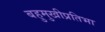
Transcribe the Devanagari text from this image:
बहुमुखीप्रतिभा